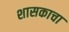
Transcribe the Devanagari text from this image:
शासकाचा